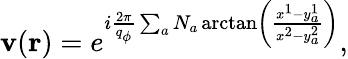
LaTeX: \mathbf{v}({\mathbf{r}})=e^{i{\frac{{2\pi}}{{q_{\phi}}}}\sum_{a}N_{a}\arctan\left(\frac{{x^{1}-y_{a}^{1}}}{{x^{2}-y_{a}^{2}}}\right)},